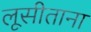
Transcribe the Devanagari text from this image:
लूसीताना